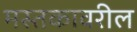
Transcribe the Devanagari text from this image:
मस्तकावरील